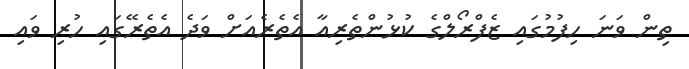
ތިން ވަނަ ހިފުމުގައި ޒެފްރޯލްގެ ކުޅުންތެރިއާ އެތެރެއަށް ވަދެ އެތެރޭގައި ހުރި ވައި